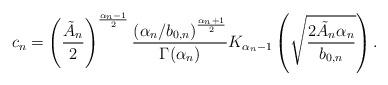
LaTeX: \begin{align*}c_n = \left(\frac{\tilde{A}_n}{2}\right)^{\frac{\alpha_n-1}{2}} \frac{\left(\alpha_n/b_{0,n}\right)^{\frac{\alpha_n+1}{2}}}{\Gamma(\alpha_n)}K_{\alpha_n-1}\left(\sqrt{\frac{2\tilde{A}_n\alpha_n}{b_{0,n}}}\right).\end{align*}